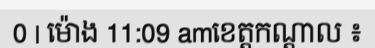
0 | ម៉ោង 11:09 amខេត្តកណ្តាល ៖